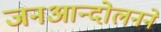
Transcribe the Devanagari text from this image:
जनआन्दोलनने